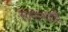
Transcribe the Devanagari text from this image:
सामानवाही